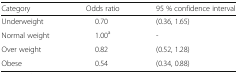
<table><thead><tr><td><b>Category</b></td><td><b>Odds ratio</b></td><td><b>95 % confidence interval</b></td></tr></thead><tbody><tr><td>Underweight</td><td>0.70</td><td>(0.36, 1.65)</td></tr><tr><td>Normal weight</td><td>1.00<sup>a</sup></td><td>-</td></tr><tr><td>Over weight</td><td>0.82</td><td>(0.52, 1.28)</td></tr><tr><td>Obese</td><td>0.54</td><td>(0.34, 0.88)</td></tr></tbody></table>